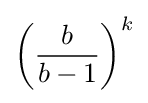
{\left({\frac {b}{b-1}}\right)}^{k}